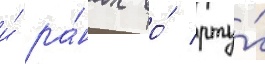
и́ ра́нах во́ рту́